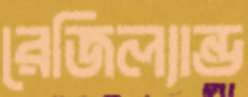
রেজিল্যান্ড